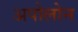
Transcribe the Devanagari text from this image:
अपोलोन